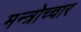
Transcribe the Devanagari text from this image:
मन्त्रोच्चार